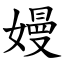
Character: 嫚